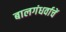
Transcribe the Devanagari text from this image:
बालगंधर्वाचें